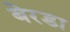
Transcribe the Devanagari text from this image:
बेरडा